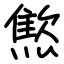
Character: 燞